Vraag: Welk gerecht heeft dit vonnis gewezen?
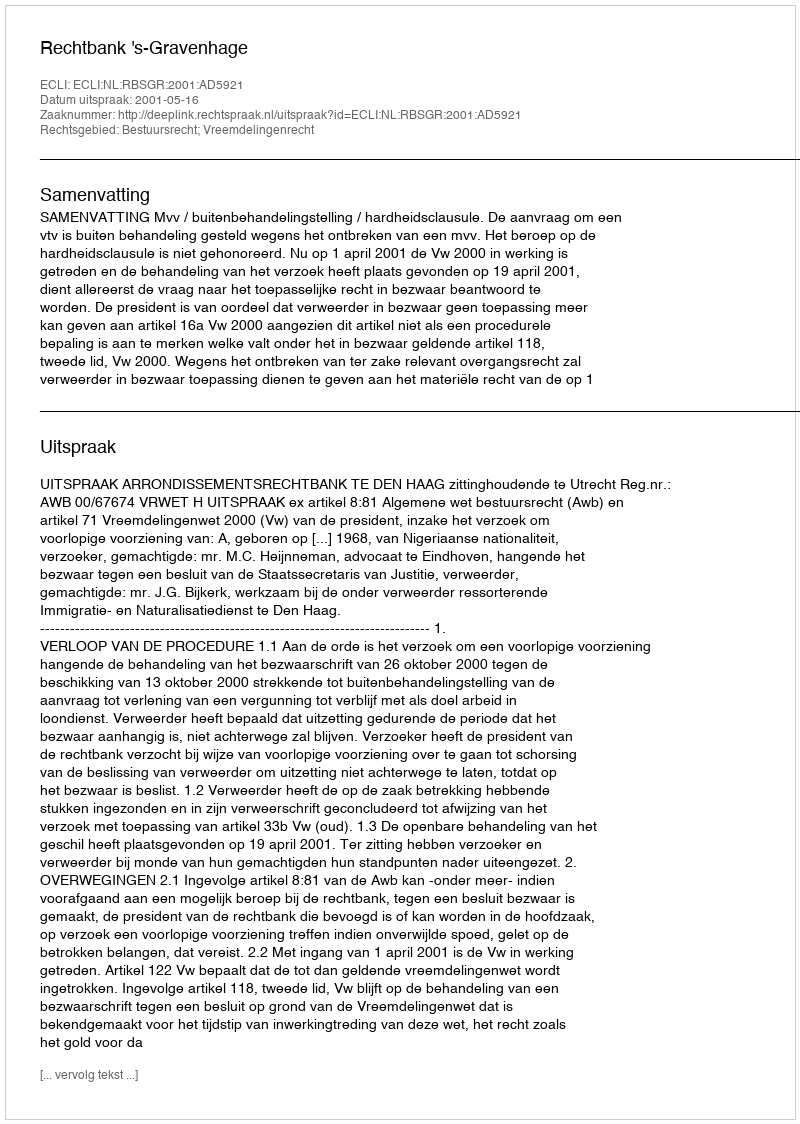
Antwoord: Rechtbank 's-Gravenhage